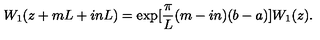
W _ { 1 } ( z + m L + i n L ) = \exp [ \frac { \pi } { L } ( m - i n ) ( b - a ) ] W _ { 1 } ( z ) .